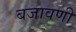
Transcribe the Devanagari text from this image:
बजावणी